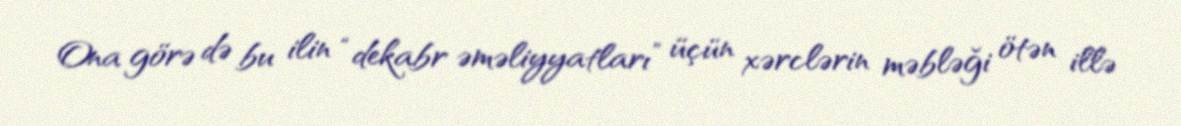
Ona görə də bu ilin “dekabr əməliyyatları” üçün xərclərin məbləği ötən illə